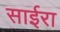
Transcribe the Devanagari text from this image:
साईरा